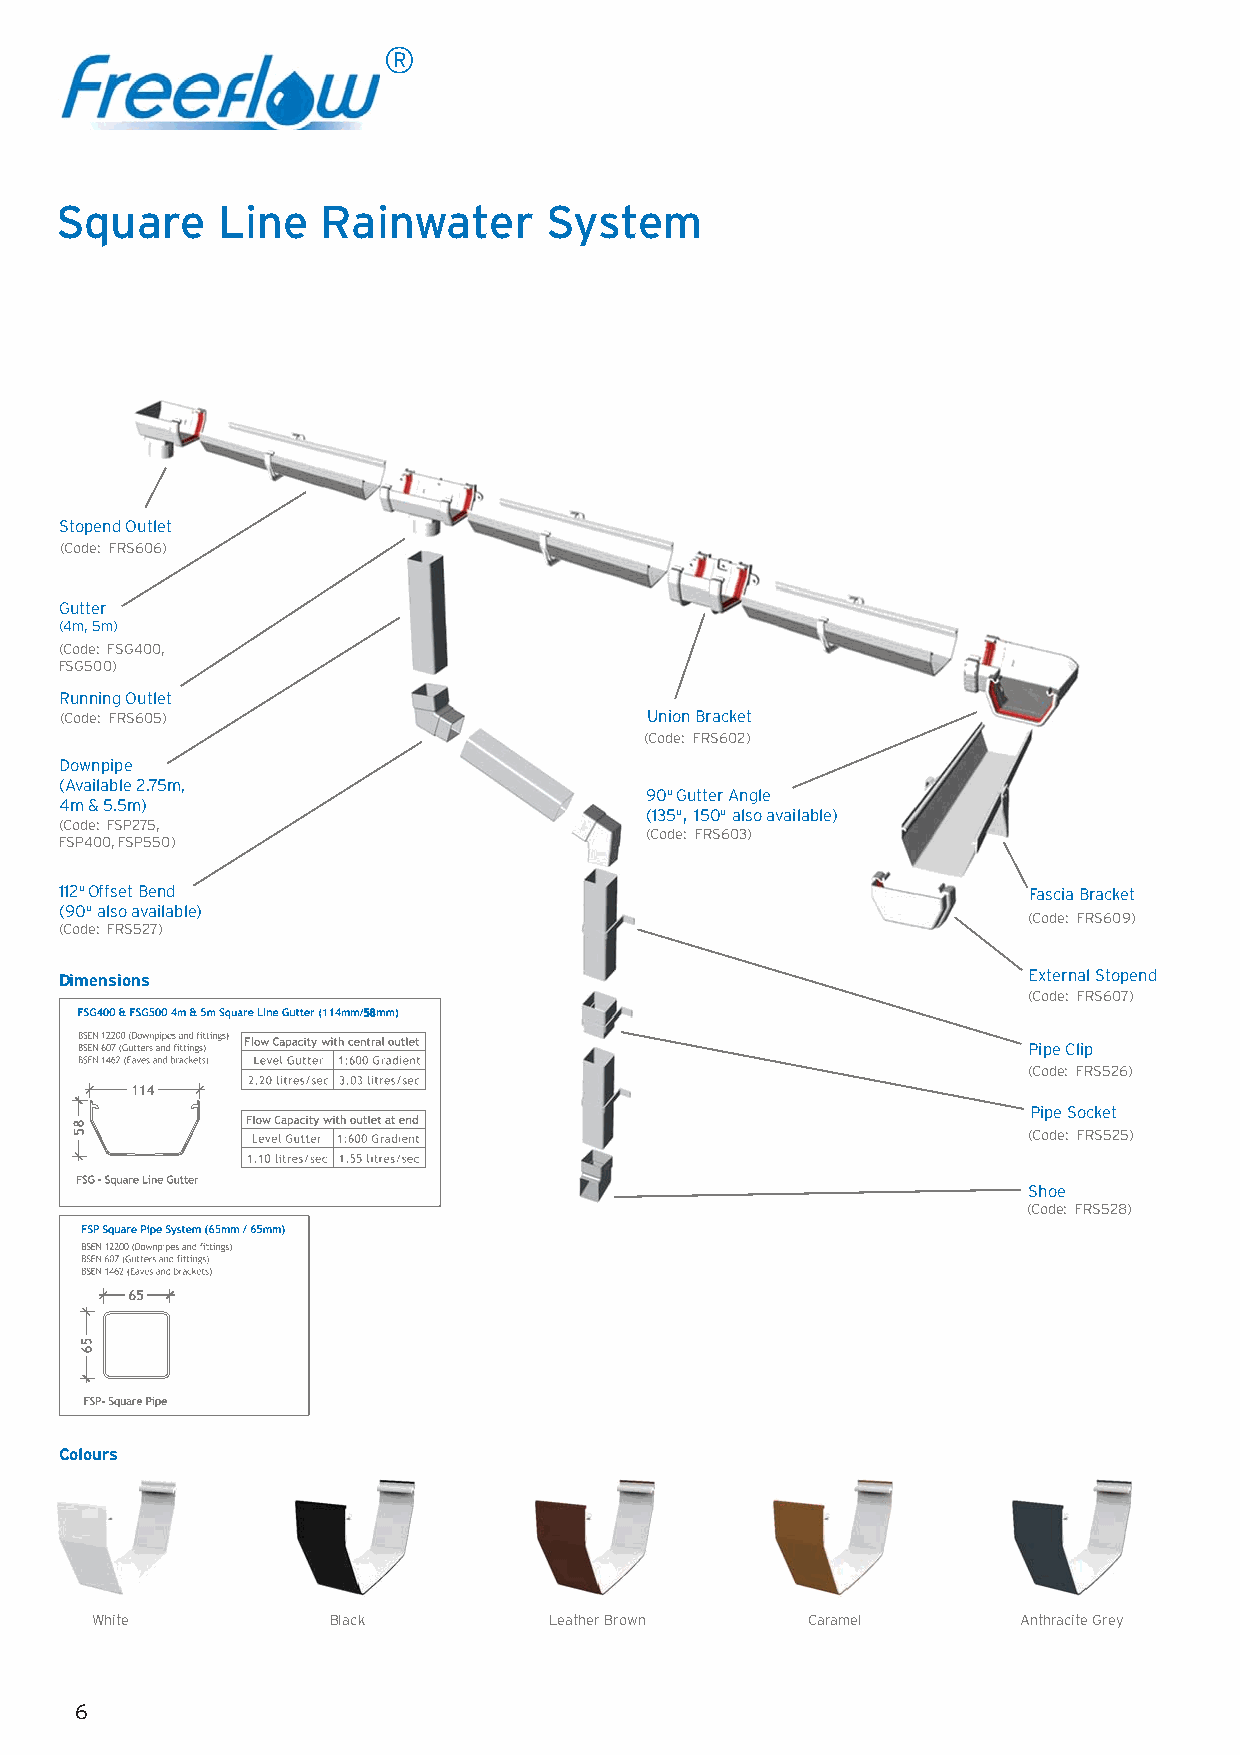
®
 Square    Line   Rainwater      System
 Stopend Outlet
 (Code: FRS606)
 Gutter
 (4m, 5m)
 (Code: FSG400,
 FSG500)
 Running Outlet
 (Code: FRS605)                         Union Bracket
 (Code: FRS602)
 Downpipe
 (Available 2.75m,
 90o Gutter Angle
 4m & 5.5m)                             (135o, 150o also available)
 (Code: FSP275,
 (Code: FRS603)
 FSP400, FSP550)
 112o Offset Bend                                                Fascia Bracket
 (90o also available)
 (Code: FRS609)
 (Code: FRS527)
 Dimensions                                                      External Stopend
 (Code: FRS607)
 Pipe Clip
 (Code: FRS526)
 Pipe Socket
 (Code: FRS525)
 Shoe
 (Code: FRS528)
 Colours
 White           Black         Leather Brown    Caramel        Anthracite Grey
 6